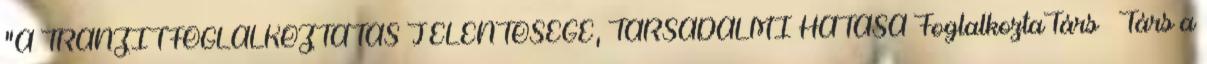
"A TRANZITFOGLALKOZTATÁS JELENTŐSÉGE, TÁRSADALMI HATÁSA FoglalkoztaTárs – Társ a